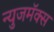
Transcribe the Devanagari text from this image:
न्युजमॅक्स